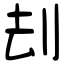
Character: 刦